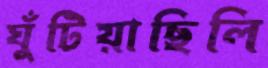
ঘুঁটিয়াছিলি